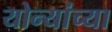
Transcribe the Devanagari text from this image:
योन्यांच्या